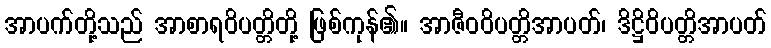
အာပက်တို့သည် အာစာရဝိပတ္တိတို့ ဖြစ်ကုန်၏။ အာဇီဝဝိပတ္တိအာပတ်၊ ဒိဋ္ဌိဝိပတ္တိအာပတ်